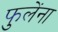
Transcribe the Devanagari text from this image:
फुलेंना